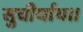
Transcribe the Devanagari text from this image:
सुवीर्याय।।